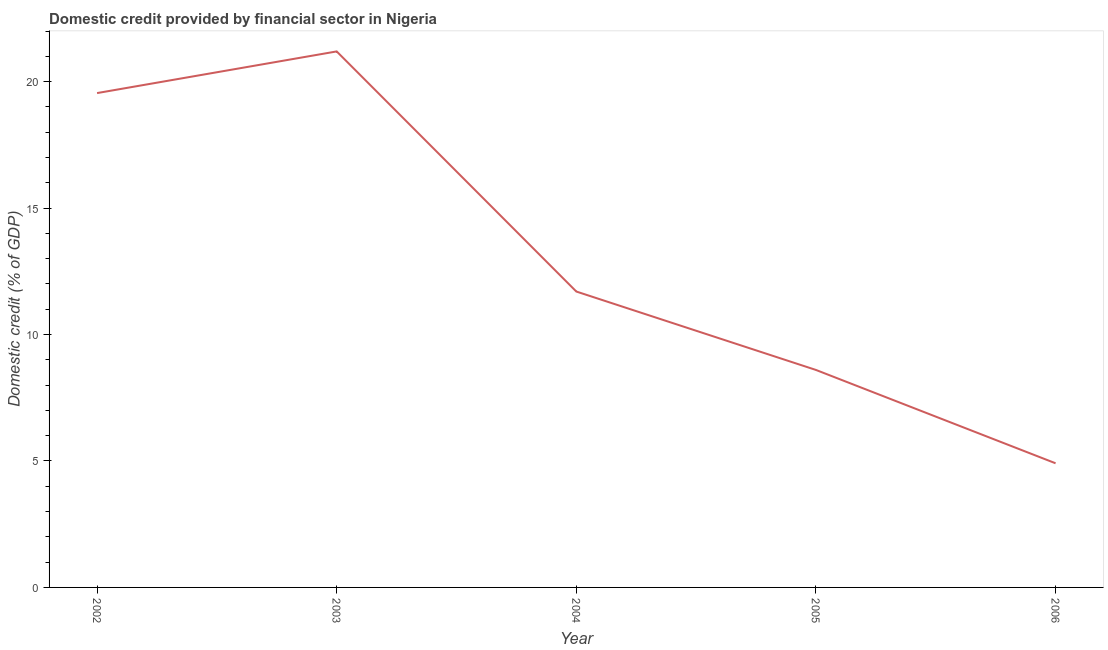
| Year | Domestic credit provided by financial sector |
 | --- | --- |
 | 2002 | 19.5 |
 | 2003 | 21.2 |
 | 2004 | 11.7 |
 | 2005 | 8.6 |
 | 2006 | 4.91 |